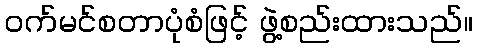
ဝက်မင်စတာပုံစံဖြင့် ဖွဲ့စည်းထားသည်။